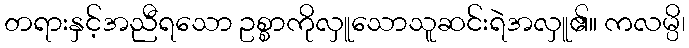
တရားနှင့်အညီရသော ဥစ္စာကိုလှူသောသူဆင်းရဲအလှူ၏။ ကလမ္ပိ၊